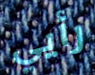
رأيي